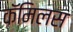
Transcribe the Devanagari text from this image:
कॅमिलस